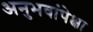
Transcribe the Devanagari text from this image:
अनुभवांपेक्षा